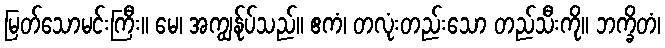
မြတ်သောမင်းကြီး။ မေ၊ အကျွန်ုပ်သည်။ ဧကံ၊ တလုံးတည်းသော တည်သီးကို။ ဘက္ခိတံ၊